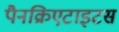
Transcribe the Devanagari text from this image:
पैनक्रिएटाइटस